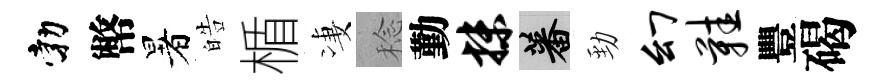
勃幣暑皓楯凄稔勤抹蕃勁幻鞋豐碣